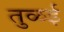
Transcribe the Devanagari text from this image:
तुळई